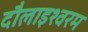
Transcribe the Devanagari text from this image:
दौलाइश्वरम